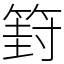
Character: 篈